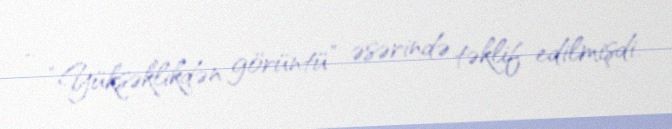
- “Yüksəklikdən görüntü” əsərində təklif edilmişdi.